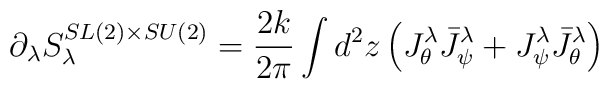
\partial_{\lambda}S^{SL(2)\times  SU(2)}_{\lambda}=\frac{2k}{2\pi}\int d^{2}z\left(J_{\theta}^{\lambda}  \bar{J}_{\psi}^{\lambda}+  J_{\psi}^{\lambda}\bar{J}_{\theta}^{\lambda}\right)